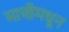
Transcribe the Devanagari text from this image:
माचीमधून